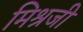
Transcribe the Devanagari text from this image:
मिश्रजी